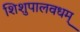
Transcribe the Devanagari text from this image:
शिशुपालवधम्